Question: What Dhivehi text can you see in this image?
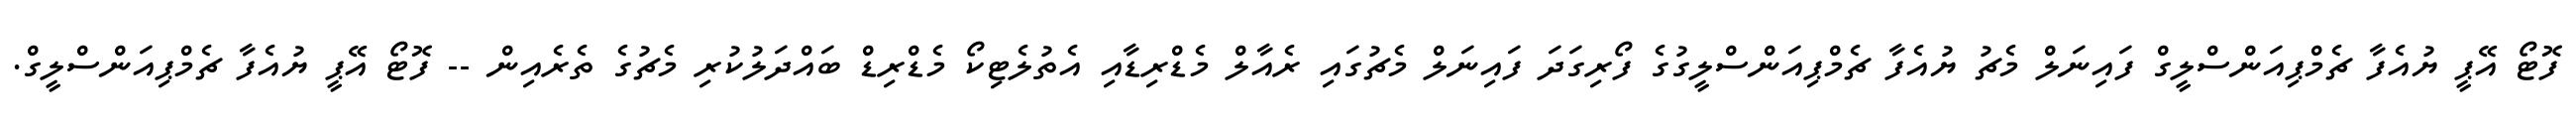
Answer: ފޮޓޯ އޭޕީ ޔުއެފާ ޗެމްޕިއަންސްލީގް ފައިނަލް މެޗު ޔުއެފާ ޗެމްޕިއަންސްލީގުގެ ފޯރިގަދަ ފައިނަލް މެޗުގައި ރެއާލް މެޑްރިޑާއި އެތުލެޓިކޯ މެޑްރިޑް ބައްދަލުކުރި މެޗުގެ ތެރެއިން -- ފޮޓޯ އޭޕީ ޔުއެފާ ޗެމްޕިއަންސްލީގް.